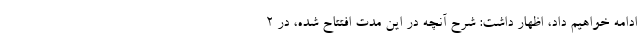
ادامه خواهیم داد، اظهار داشت: شرح آنچه در این مدت افتتاح شده، در ۲